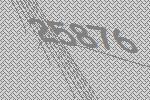
25876